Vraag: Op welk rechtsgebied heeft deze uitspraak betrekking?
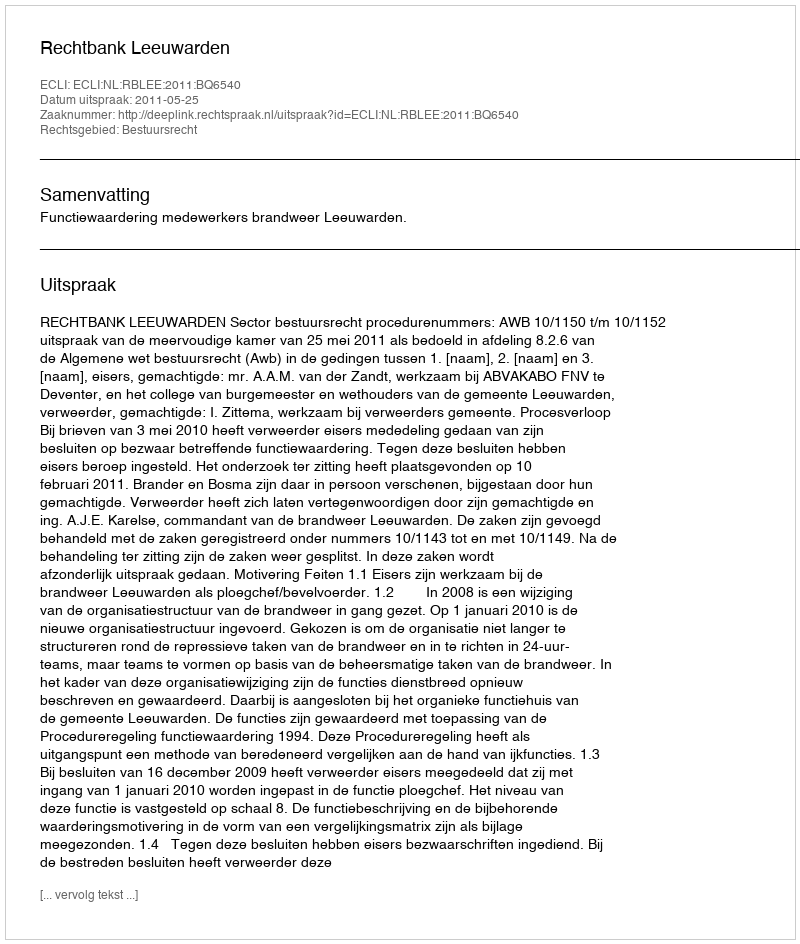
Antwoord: Bestuursrecht